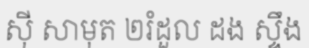
ស៊ី សាមុត ២រំដួល ដង ស្ទឹង